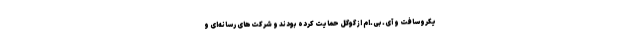
یکروسافت و آی.بی.ام از گوگل حمایت کرده بودند و شرکت‌های رسانه‌ای و